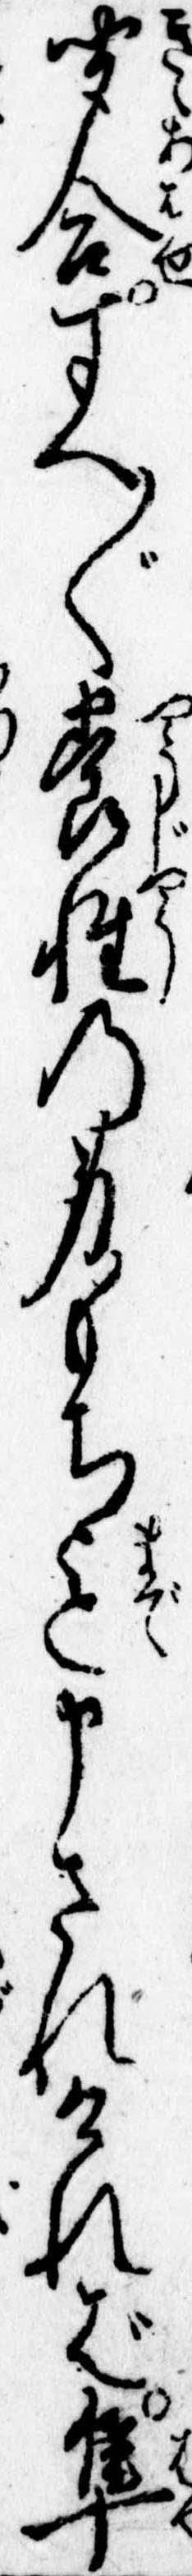
聞合すへ〲養性の身もち迄申されければ隼